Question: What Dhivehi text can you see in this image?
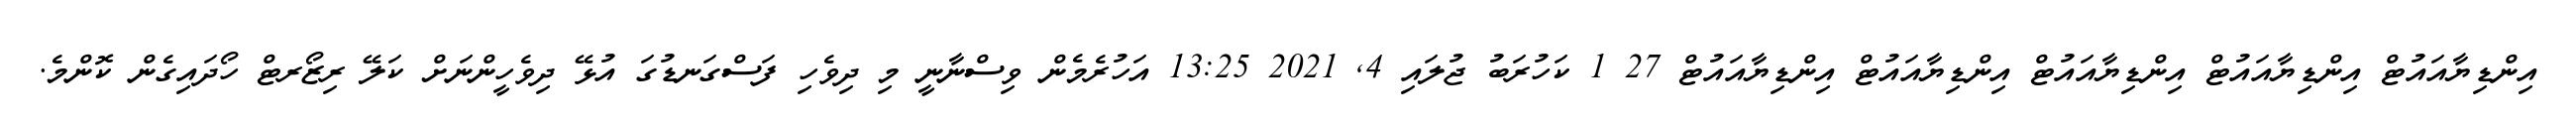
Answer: އިންޑިޔާއައުޓް އިންޑިޔާއައުޓް އިންޑިޔާއައުޓް އިންޑިޔާއައުޓް އިންޑިޔާއައުޓް 27 1 ކަހުރަބު ޖުލައި 4, 2021 13:25 އަހުރެމެން ވިސްނާނީ މި ދިވެހި ފަސްގަނޑުގަ އުޅޭ ދިވެހީންނަށް ކަލޭ ރިޒޯރޓް ހޯދައިގެން ކޮންމެ.